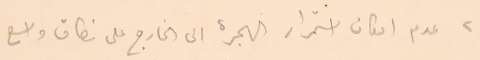
٢ عدم امكان استمرار الهجرة الى الخارج على نطاق واسع